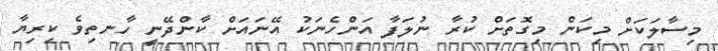
މިސާލަކަށް މިކަން މިގޮތަށް ކުރާ ނުލަފާ އަންހެނަކު އޭނައަށް ކާންދޭނީ ހާނތިވެ ކިރިޔާ